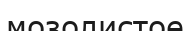
мозолистое